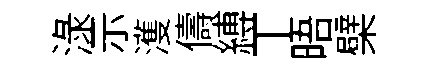
渌示濩儔縛丅晤檗